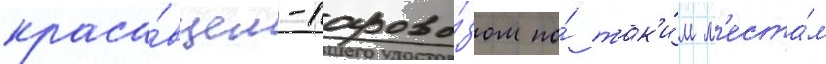
краса́вцем-парово́зом по́ так'и́м м'еста́м